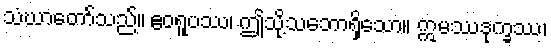
သံဃာတော်သည်။ ဧဝရူပဿ၊ ဤသို့သဘောရှိသော။ ဣမဿဒုက္ခဿ၊